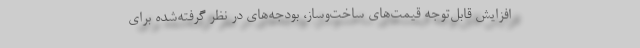
افزایش قابل‌توجه قیمت‌های ساخت‌وساز، بودجه‌های در نظر گرفته‌شده برای